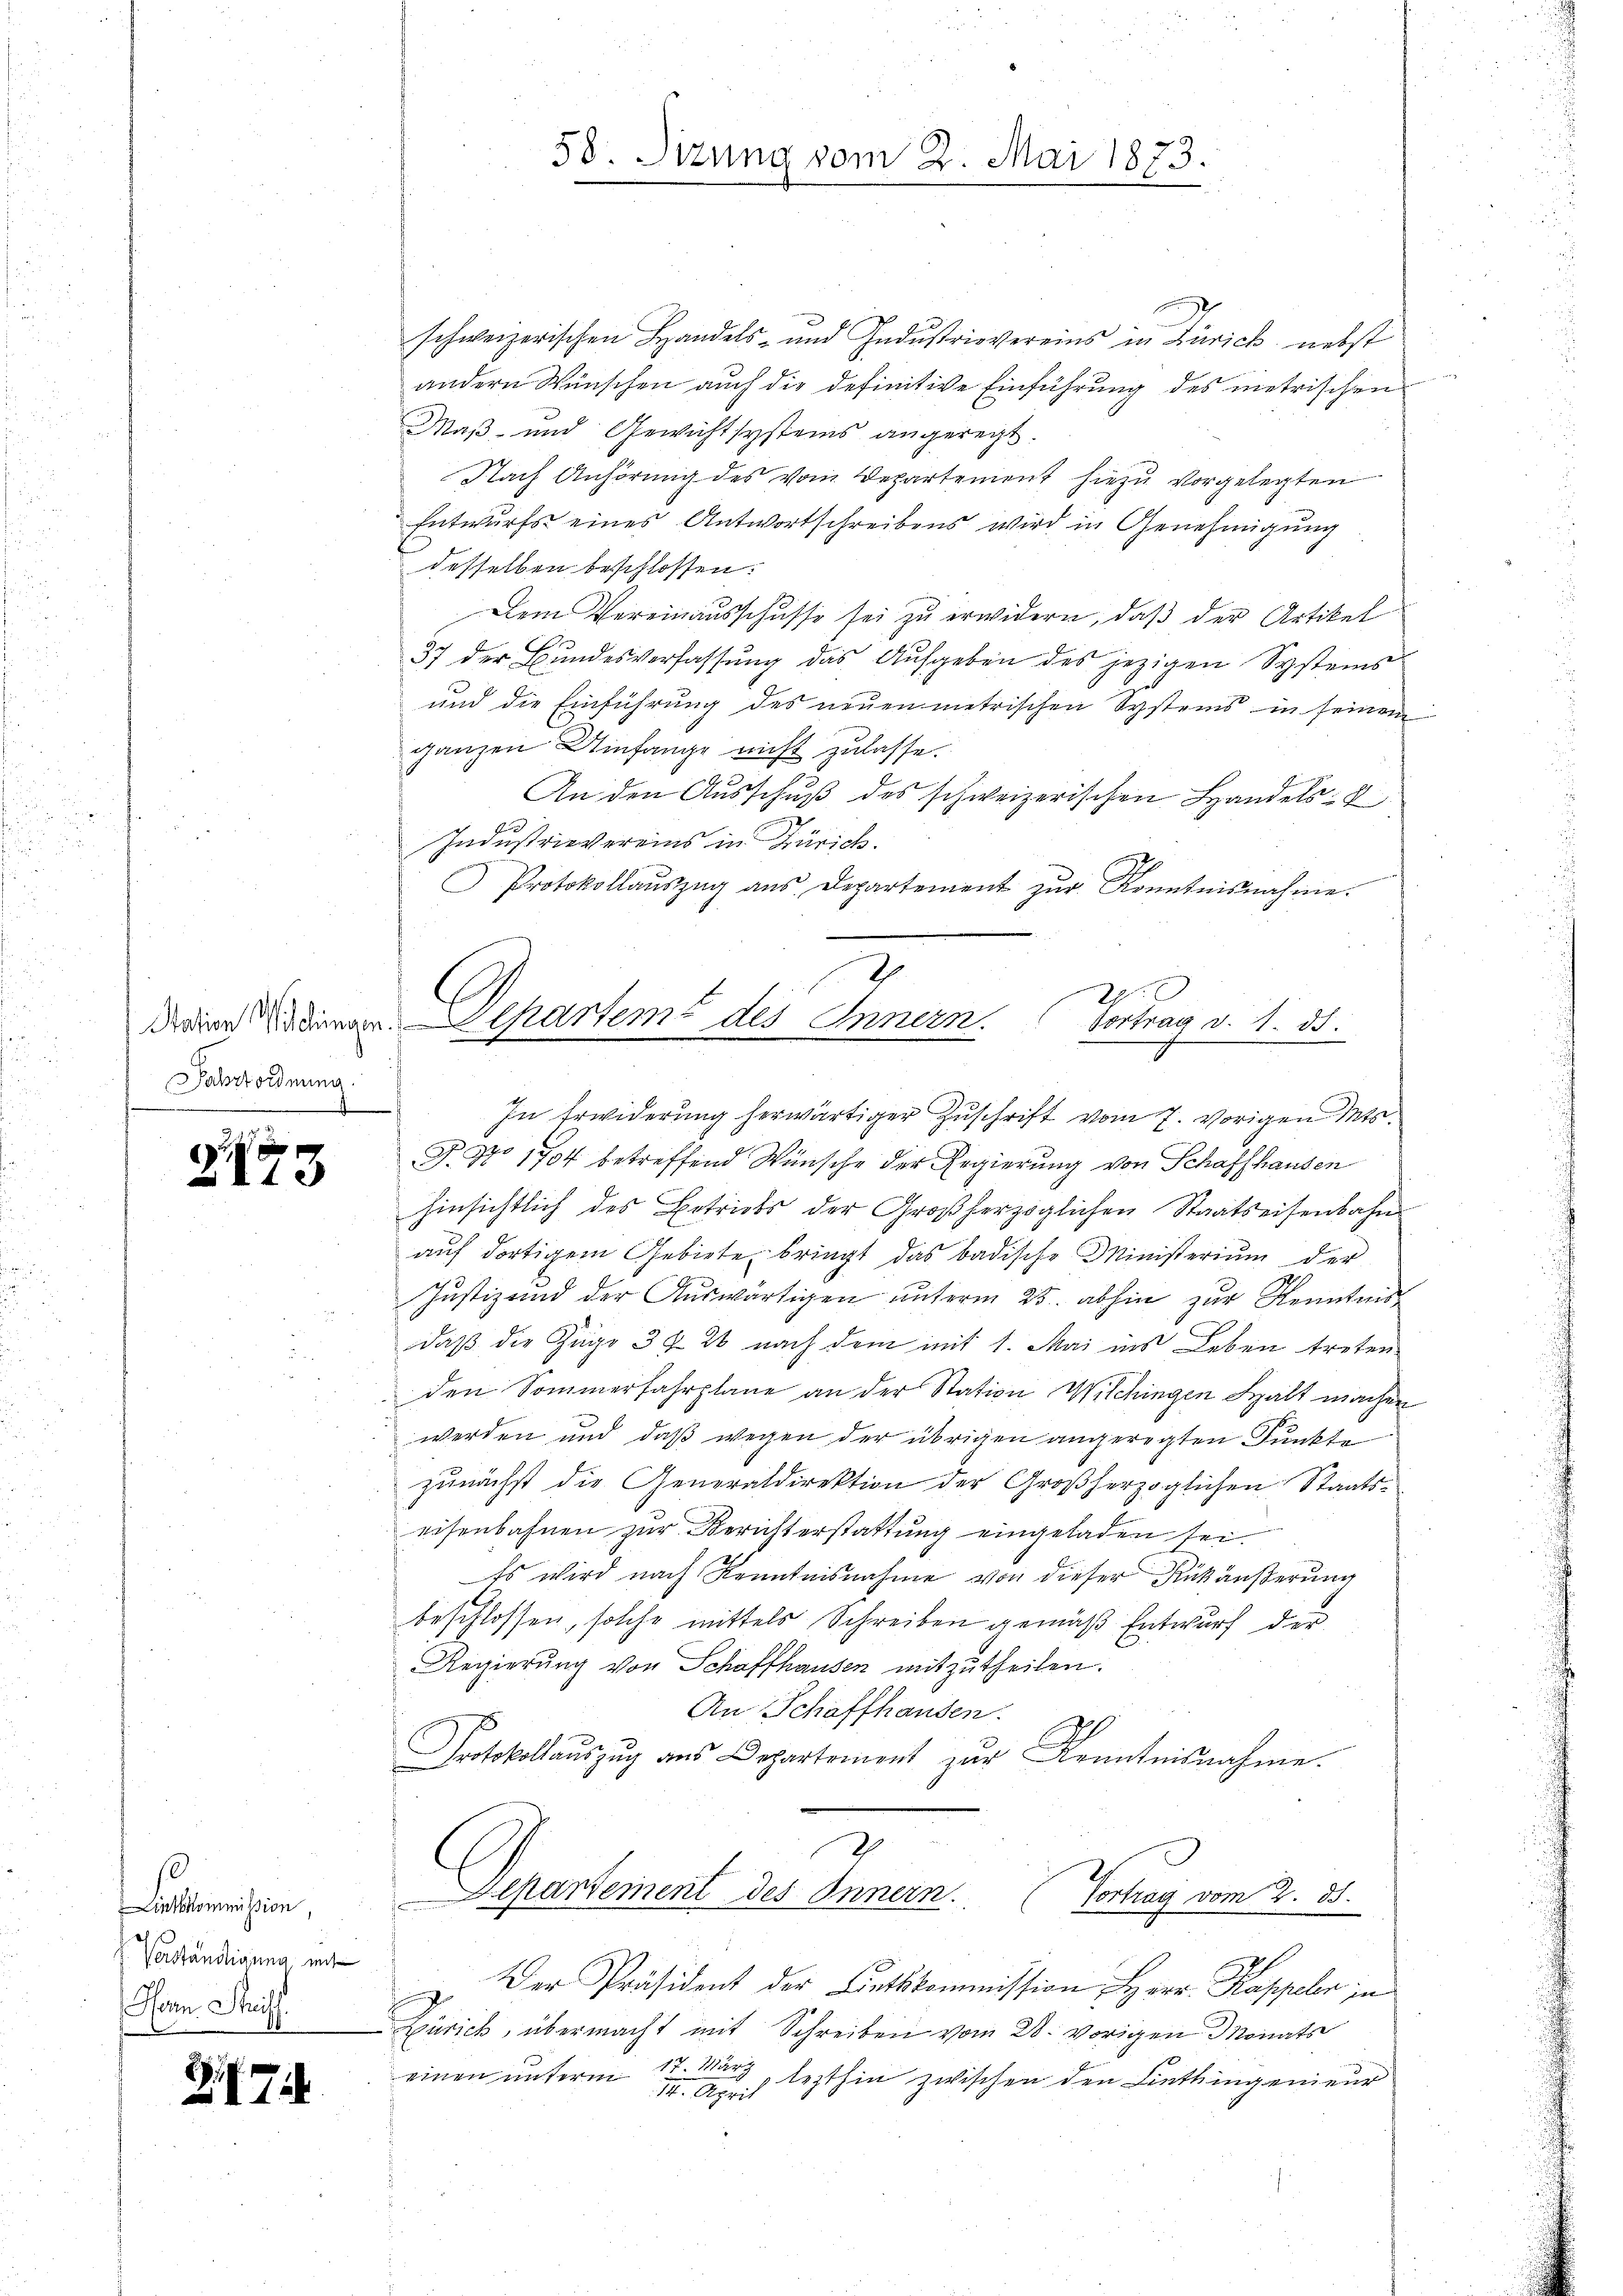
Fahrtordnung.

0
2210

Lietkommission,
Verständigung mit
Mann Streiff

E

714.

schweizerischen Handels- und Indŭstrievereins in Zürich nebst
andern Wünschen auch die definitive Einführung des metrischen
Maß- und Gewicht systems angeregt.
Nach Anhörung des vom Departement hiezu vorgelegten
Entwurfs eines Antwortschreibens wird in Genehmigung
desselben beschlossen:
Dem Vereinausschusse sei zu erwidern, daß der Artikel
37 der Bundesverfassung das Aufgeben des jezigen Systems
und die Einführung des neuen metrischen Systems in seinem
ganzen Umfange nicht zulasse.
6
An den Ausschuß des schweizerischen Handels- &
Industrie vereins in Zürich.
Protokollauszug aus. Departement zur Kenntnisnahme.
2

In Erwiderŭng herwärtiger Zŭschrift vom 7. vorigen Mts.
T. No 1704 betreffend Wünsche der Regierung von Schaffhausen
hinsichtlich des Betriebs der Großherzoglichen Staatseisenbahn
aŭf dortigem Gebiete bringt das badische Ministerium der
Justiz und der Auswärtigen unterm 25. abhin zur Kenntnis
daß die Juge 3 f 20 nach dem mit 1. Mai ins Leben treten
den Sommerfahrplane an der Station Wilchingen Spalt machen
werden und daß wegen der übrigen angeregten Punkte
zunächst die Generaldirektion der Großherzoglichen Staatseisenbahnen zur Berichterstattung eingeladen sei.
Es wird nach Kenntnisnahme von dieser Rückäußerung
beschlossen, solche mittels Schreiben gemäß Entwurf der
Regierung von Schaffhausen mitzutheilen.
An Schaffhausen.
Protokollaŭszŭg aŭs Departement zŭr Kenntnisnahme.

58. Sitzung vom 2

Mai 1873.

din den Departem des Innern. Vortrag v. 1. ds.

Der Präsident der Lietskommission Herr Kappeler in
Zürich, übermacht mit Schreiben vom 28. vorigen Monats
einen unterm 17. März
lezthin zwischen den Linthingenieur
14. April

2
epartement des Innern.
Vortrag vom 2. 35.